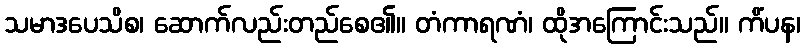
သမာဒပေသိစ၊ ဆောက်လည်းတည်စေ၏။ တံကာရဏံ၊ ထိုအကြောင်းသည်။ ကိံပန၊